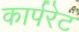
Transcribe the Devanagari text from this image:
कार्परेट